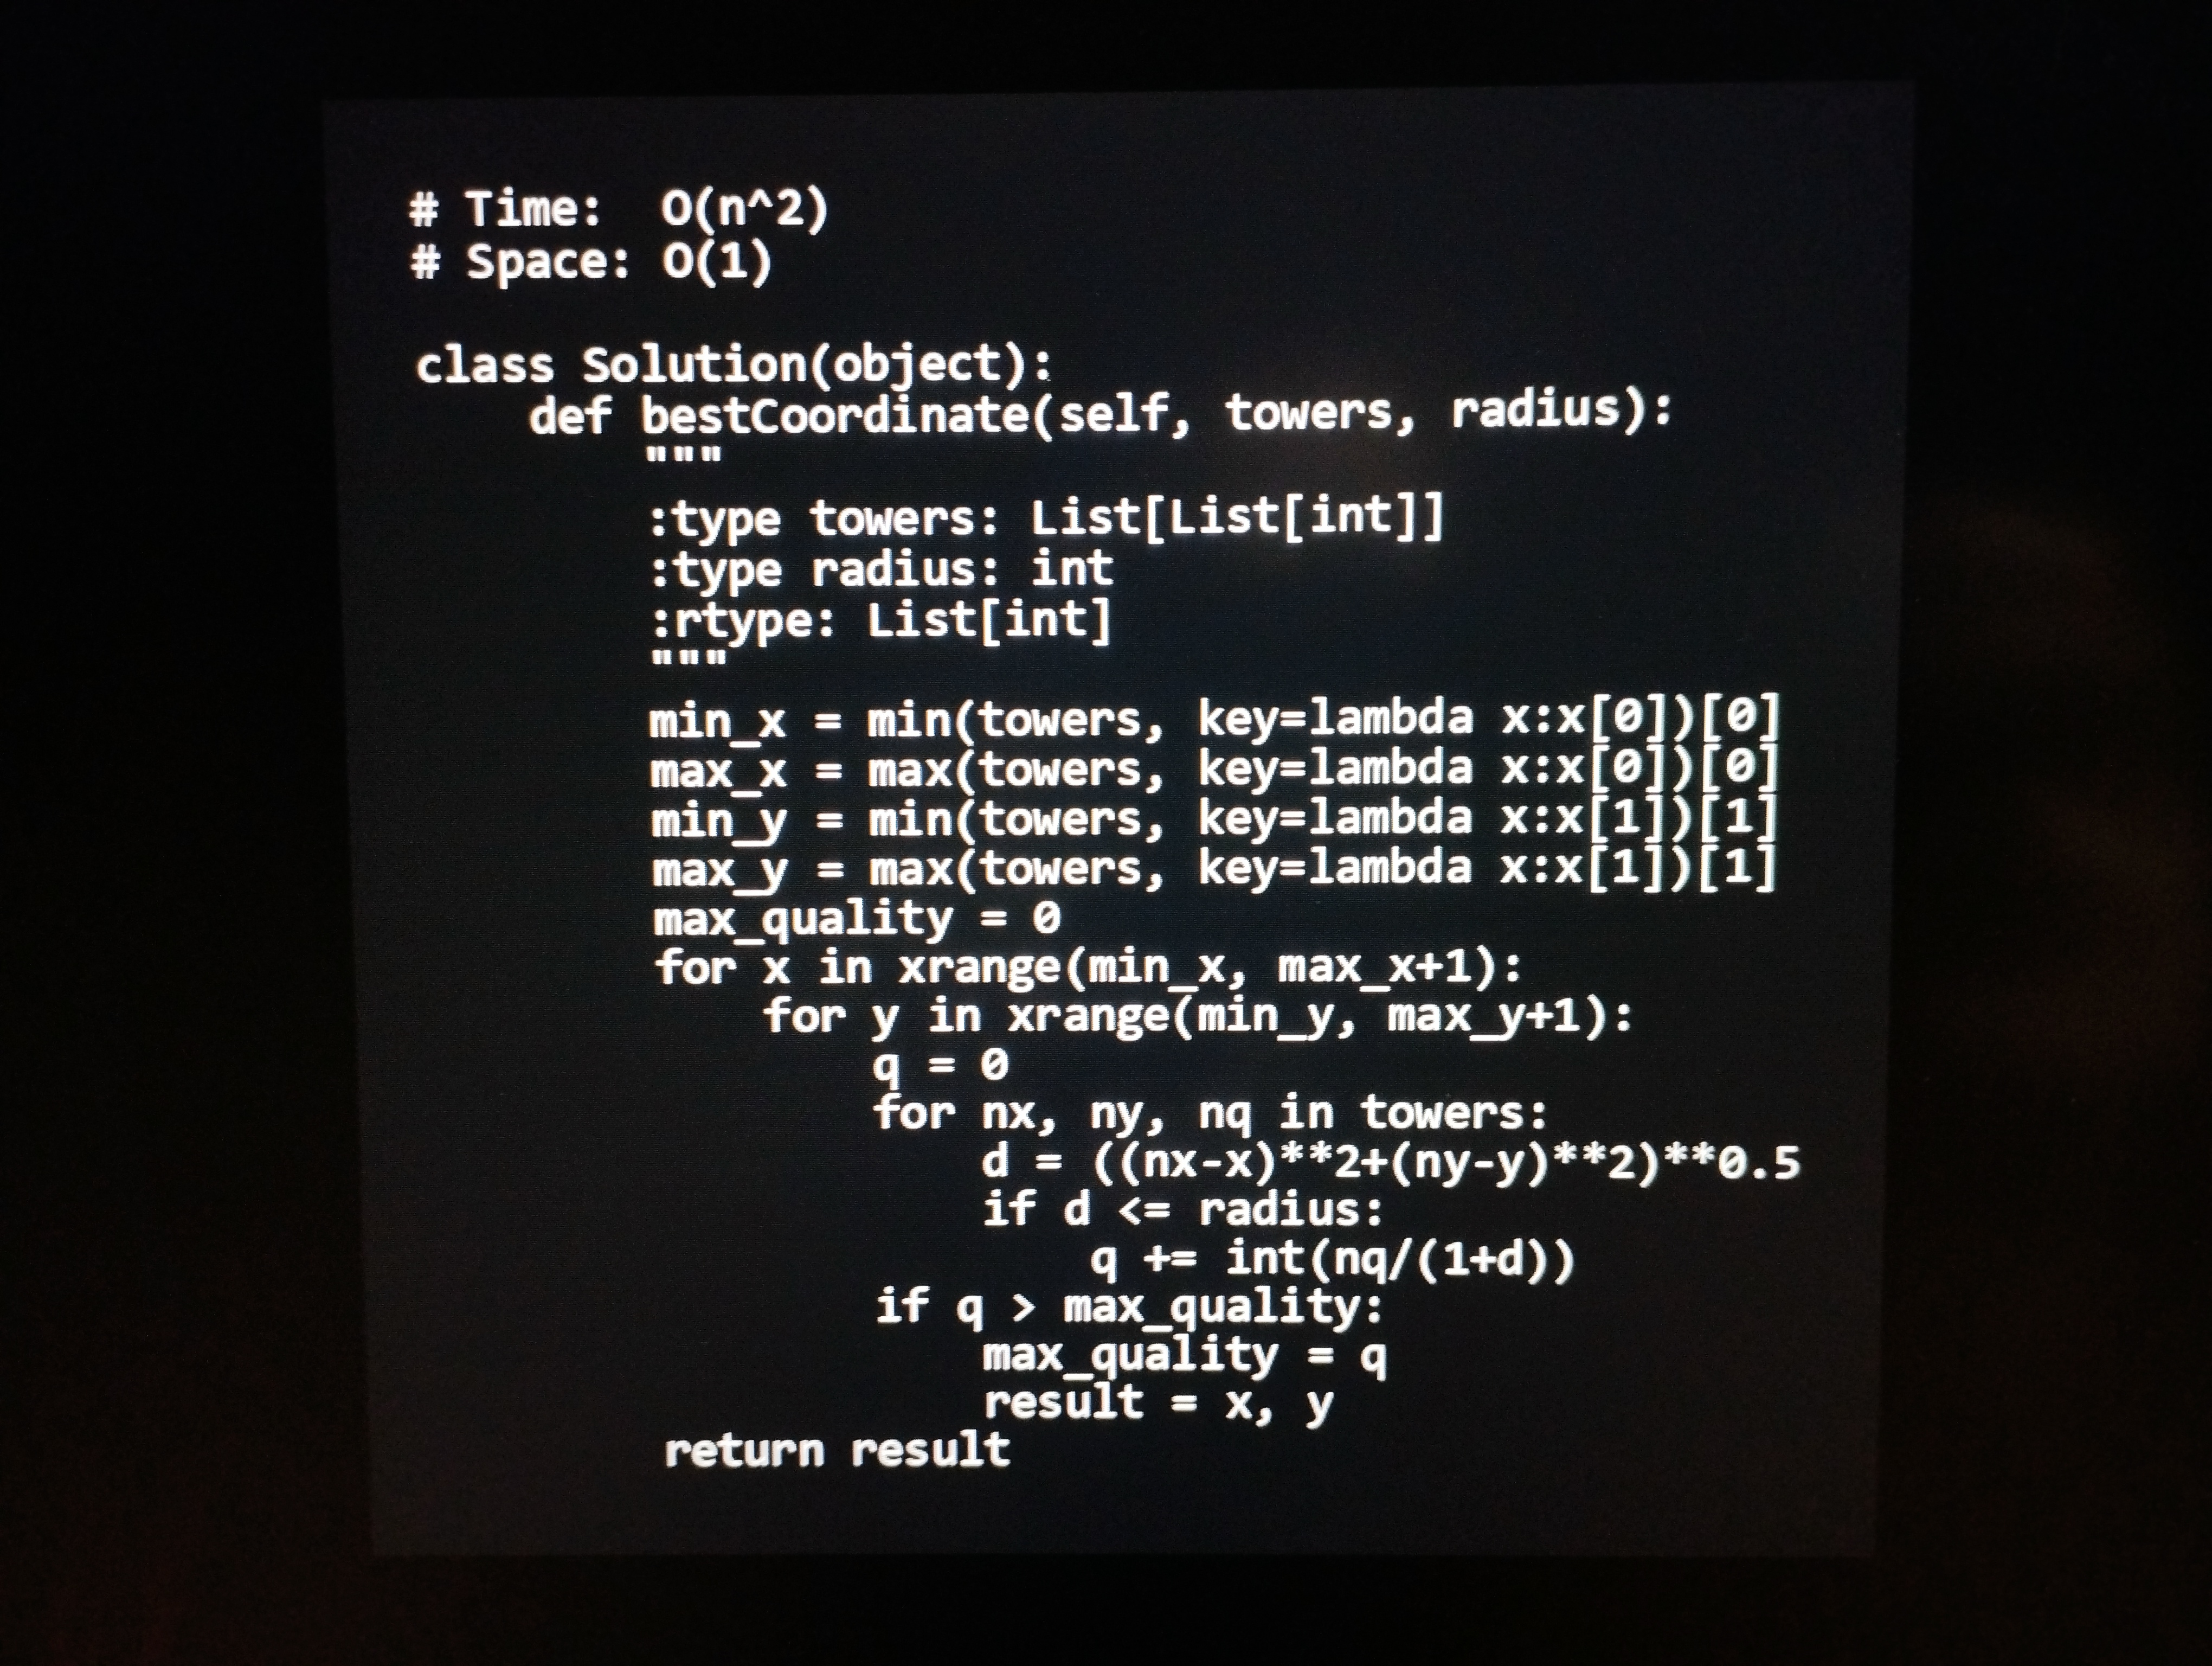
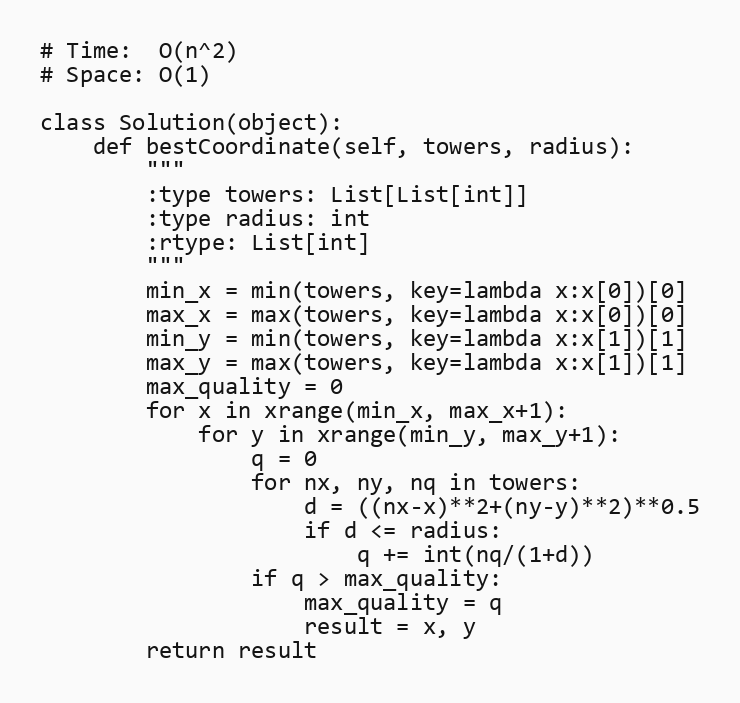
# Time:  O(n^2)
# Space: O(1)

class Solution(object):
    def bestCoordinate(self, towers, radius):
        """
        :type towers: List[List[int]]
        :type radius: int
        :rtype: List[int]
        """
        min_x = min(towers, key=lambda x:x[0])[0]
        max_x = max(towers, key=lambda x:x[0])[0]
        min_y = min(towers, key=lambda x:x[1])[1]
        max_y = max(towers, key=lambda x:x[1])[1]
        max_quality = 0
        for x in xrange(min_x, max_x+1):
            for y in xrange(min_y, max_y+1):
                q = 0
                for nx, ny, nq in towers:
                    d = ((nx-x)**2+(ny-y)**2)**0.5
                    if d <= radius:
                        q += int(nq/(1+d))
                if q > max_quality:
                    max_quality = q
                    result = x, y
        return result